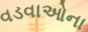
વડવાઓના